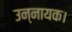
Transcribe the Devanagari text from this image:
उन्नायक।